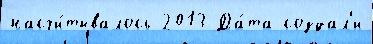
насчи́тывалось 2013 Да́та создал'и